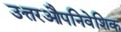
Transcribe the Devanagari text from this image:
उत्तरऔपनिवेशिक